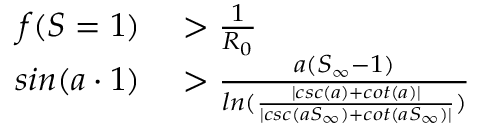
\begin{array} { r l } { f ( S = 1 ) } & { { } > \frac { 1 } { R _ { 0 } } } \\ { s i n ( a \cdot 1 ) } & { { } > \frac { a ( S _ { \infty } - 1 ) } { l n ( \frac { | c s c ( a ) + c o t ( a ) | } { | c s c ( a S _ { \infty } ) + c o t ( a S _ { \infty } ) | } ) } } \end{array}